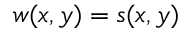
w ( x , y ) = s ( x , y )